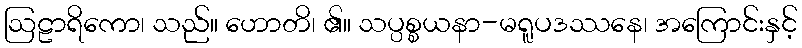
ဩဠာရိကော၊ သည်။ ဟောတိ၊ ၏။ သပ္ပစ္စယနာ-မရူပဒဿနေ၊ အကြောင်းနှင့်